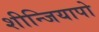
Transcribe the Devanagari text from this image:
शीन्जियापो